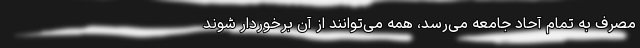
مصرف به تمام آحاد جامعه می‌رسد، همه می‌توانند از آن برخوردار شوند